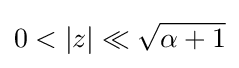
0<|z|\ll {\sqrt {\alpha +1}}